Indian journal of veterinary science and animal husbandry - Volumes 26-27, 1956-1957
Year: 1956
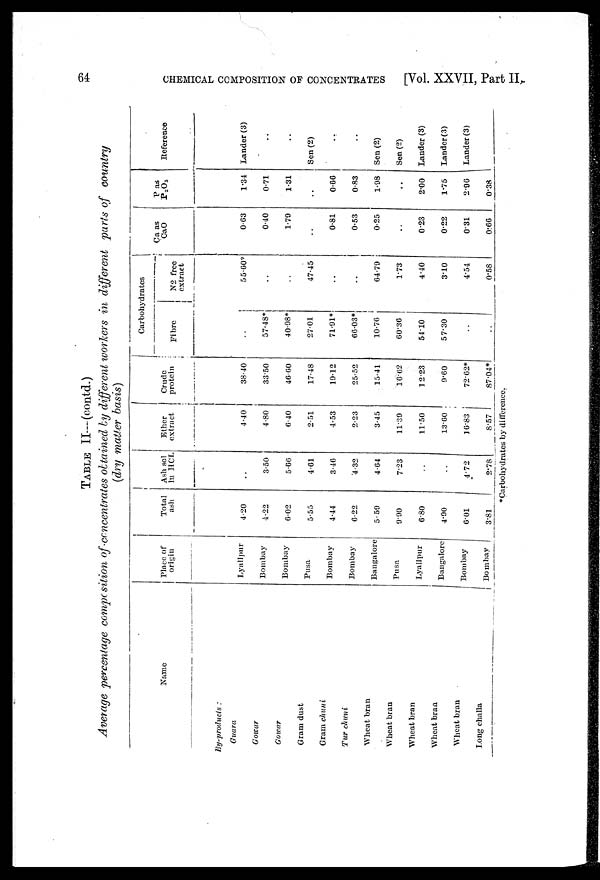
64
CHEMICAL COMPOSITION OF CONCENTRATES
[Vol. XXVII, Part II.
TABLE II—(contd.)
Average percentage composition of concentrates obtained by different workers in different parts of country
(dry matter basis)
Name
By-products:
Guara
Gowar
Gowar
Gram dust
Gram chuni
Tur
chuni
Wheat bran
Wheat bran
Wheat bran
Wheat bran
Wheat bran
Long challa
Place of
origin
Lyallpur
Bombay
Bombay
Pusa
Bombay
Bombay
Bangalore
Pusa
Lyallpur
Bangalore
Bombay
Bombay
Total
ash
4.20
4.22
6.02
5.55
4.44
6.22
5.59
9.90
6.80
4.90
6.01
3.81
Ash sol
In HCL
..
3.50
5.66
4.61
3.46
4.32
4.64
7.23
..
..
4.72
2.78
Ether
extract
4.40
4.80
6.40
2.51
4.53
2.23
3.45
11.39
11.50
13.60
16.83
8.57
Crude
protein
38.40
33.50
46.60
17.48
19.12
25.52
15.41
16.62
12.23
9.60
72.62
87.04*
Carbohydrates
Fibre
..
57.48*
40.98*
27.01
71.91*
66.03*
10.76
60.36
54.10
57.30
..
..
N2 free
extract
55.60*
..
..
47.45
..
..
64.79
1.73
4.40
3.10
4.54
0.58
Ca as
CaO
0.63
0.40
1.79
..
0.81
0.53
0.25
..
0.23
0.22
0.31
0.66
P as
P 2 O 5
1.34
0.71
1.31
..
0.66
0.83
1.98
..
2.00
1.75
2.96
0.38
Reference
Lander (3)
..
..
Sen (2)
..
..
Sen (2)
Sen (2)
Lander (3)
Lander (3)
Lander (3)
*Carbohydrates by difference.